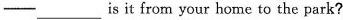
—___is it from your home to the park?